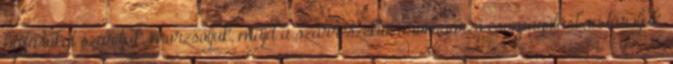
hajtásokat szárítjuk, morzsoljuk, majd a szárrészektől aromaőrző csomagolásban tároljuk.